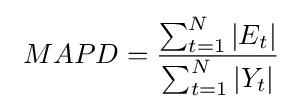
\ MAPD={\frac {\sum _{t=1}^{N}|E_{t}|}{\sum _{t=1}^{N}|Y_{t}|}}